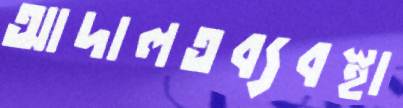
আদালতব্যবস্থা